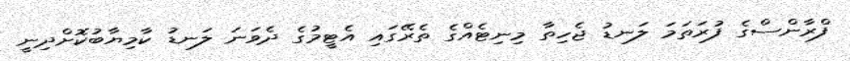
ފްރާންސްގެ ފުރަތަމަ ލަނޑު ޖެހިތާ މިނިޓެއްގެ ތެރޭގައި އެޓީމުގެ ދެވަނަ ލަނޑު ކާމިޔާބުކޮށްދިނީ